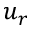
u _ { r }